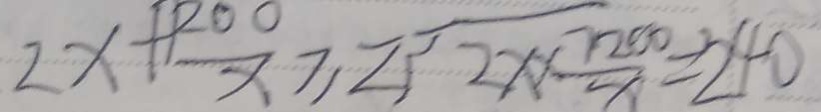
2 x + \frac { 1 2 0 0 } { x } \geq 2 \sqrt { 2 x + \frac { 7 2 0 0 } { x } } = 2 4 0